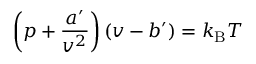
\left( p + { \frac { a ^ { \prime } } { v ^ { 2 } } } \right) \left( v - b ^ { \prime } \right) = k _ { \mathrm { B } } T